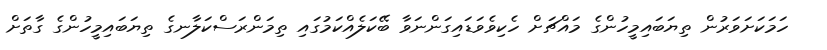
ހަމަކަށަވަރުން ތިޔަބައިމީހުންގެ މައްޗަށް ހެކިވެވަޑައިގަންނަވާ ބޭކަލެއްކަމުގައި ތިމަންރަސްކަލާނގެ ތިޔަބައިމީހުންގެ ގާތަށް